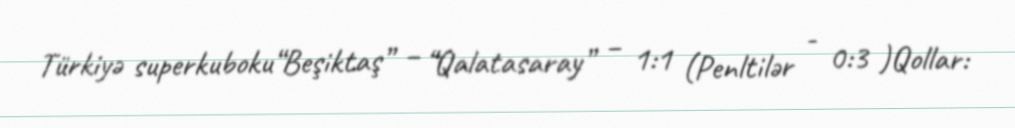
Türkiyə superkuboku“Beşiktaş” – “Qalatasaray” – 1:1 (Penltilər - 0:3 )Qollar: